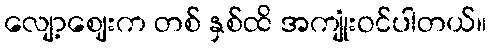
လျော့ဈေးက တစ် နှစ်ထိ အကျုံးဝင်ပါတယ်။